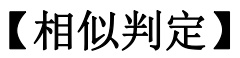
【相似判定】